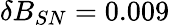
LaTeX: \delta B_{SN}=0.009